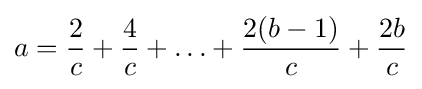
a={\frac {2}{c}}+{\frac {4}{c}}+\ldots +{\frac {2(b-1)}{c}}+{\frac {2b}{c}}